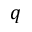
q